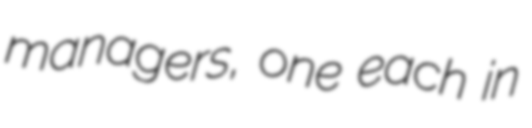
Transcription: managers, one each in